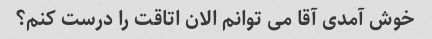
خوش آمدی آقا می توانم الان اتاقت را درست کنم؟